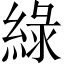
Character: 綠